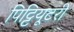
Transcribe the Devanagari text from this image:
पिट्टियूटरी